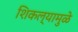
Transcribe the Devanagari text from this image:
शिकल्यामुळे